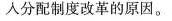
入分配制度改革的原因。